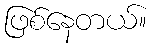
ဖြစ်နေတယ်။